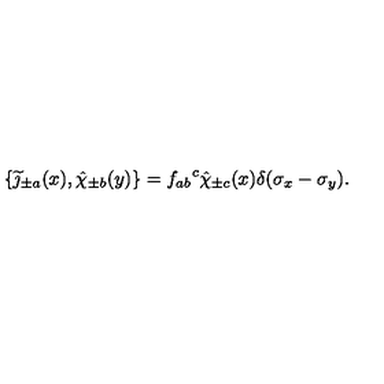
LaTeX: \{ \widetilde \jmath _ { \pm a } ( x ) , \hat { \chi } _ { \pm b } ( y ) \} = { f _ { a b } } ^ { c } \hat { \chi } _ { \pm c } ( x ) \delta ( \sigma _ { x } - \sigma _ { y } ) .